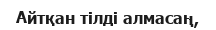
Айтқан тілді алмасаң,